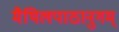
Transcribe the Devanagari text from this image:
मैथिलपाठानुगम्